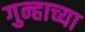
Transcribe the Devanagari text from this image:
गुन्हाच्या